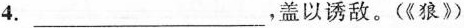
4.___，盖以诱敌。(《狼》)